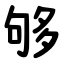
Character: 够